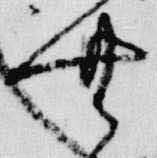
無